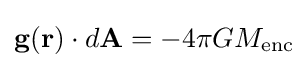
\mathbf {g(r)} \cdot d\mathbf {A} =-4\pi GM_{\text{enc}}